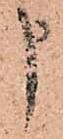
申